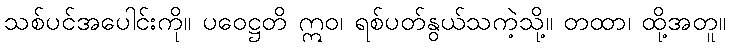
သစ်ပင်အပေါင်းကို။ ပဝေဋ္ဌတိ ဣဝ၊ ရစ်ပတ်နွယ်သကဲ့သို့။ တထာ၊ ထို့အတူ။